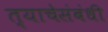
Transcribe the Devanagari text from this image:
त्याचेसंबंधी